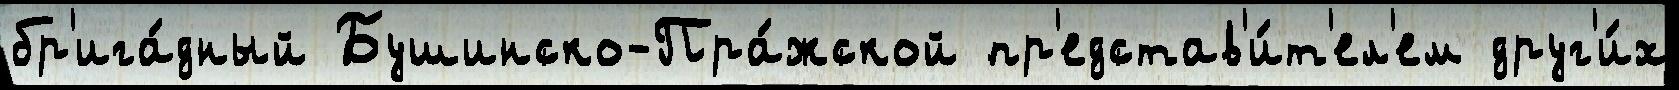
бр'ига́дный Бушинско-Пра́жской пр'едстав'и́т'ел'ем друг'и́х